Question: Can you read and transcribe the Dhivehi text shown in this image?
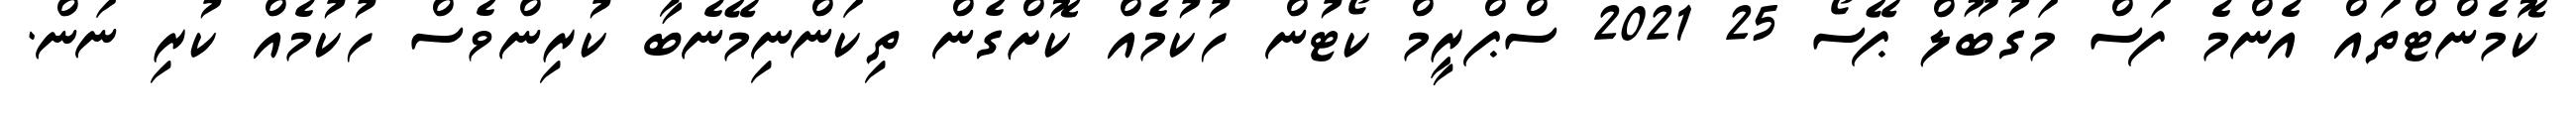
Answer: ކޮމެންޓްތައް އެންމެ ފަސް މަގުބޫލް ޕޭސޯ 25 2021 ސްޕްރީމް ކޯޓުން ހުކުމެއް ކޮށްގެން ތިކަންނިމޭނެބާ ކުރިންވެސް ހުކުމެއް ކުރި ނަން.